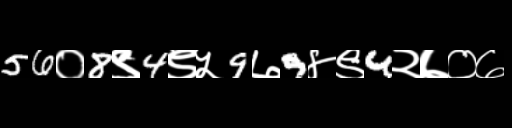
Text: 56०8९4९५9७9४९4२७०७